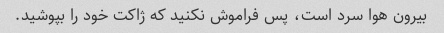
بیرون هوا سرد است، پس فراموش نکنید که ژاکت خود را بپوشید.